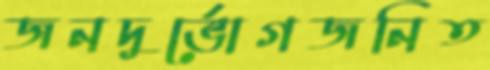
জনদুর্ভোগজনিত